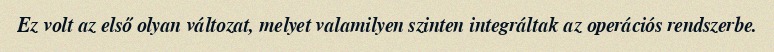
Ez volt az első olyan változat, melyet valamilyen szinten integráltak az operációs rendszerbe.